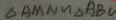
\Delta A M N \sim \Delta A B C